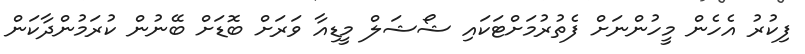
ފިކުރު އެހެން މީހުންނަށް ފެތުރުމަށްޓަކައި ޝޯޝަލް މީޑިއާ ވަރަށް ބޮޑަށް ބޭނުން ކުރަމުންދާކަން